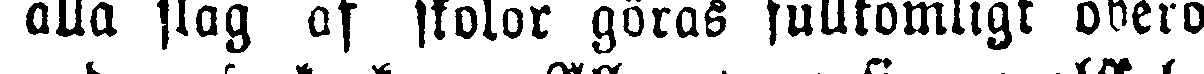
alla slag af skolor göras fullkomligt obero-